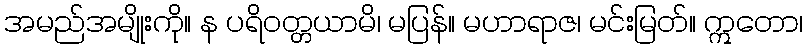
အမည်အမျိုးကို။ န ပရိဝတ္တယာမိ၊ မပြန်။ မဟာရာဇ၊ မင်းမြတ်။ ဣတော၊